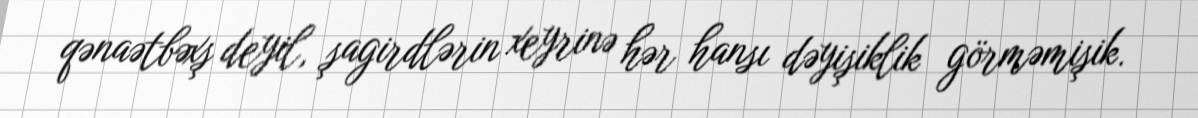
qənaətbəxş deyil, şagirdlərin xeyrinə hər hansı dəyişiklik görməmişik.